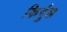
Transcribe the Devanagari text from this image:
किर्गुझ